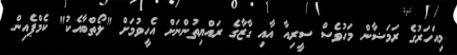
މިއަހަރުގެ ރަމަޟާން މަހުވެސް ސީރިއާ އާއި ގާޒާގެ ރައްޔިތުންނަށް އެހީވުމަށް "ލޯތްބާއެކު" ކެމްޕެއިން